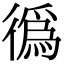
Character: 𢕷